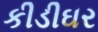
કીડીઘર